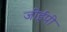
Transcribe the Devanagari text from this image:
जीईपी